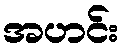
အဟင်း